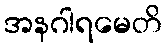
အနဂါရမေတိ